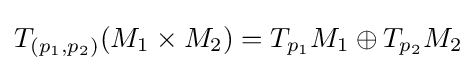
T_{(p_{1},p_{2})}(M_{1}\times M_{2})=T_{p_{1}}M_{1}\oplus T_{p_{2}}M_{2}